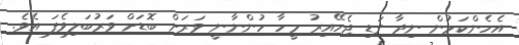
އެހެންކަމުން ނިދާ ގަޑި ޖެހޭއިރު މީހާ ހުންނާނީ ވަރަށް ބޮޑަށް ވަރުބަލިވެފަ އެވެ.